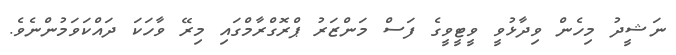
ނަޝީދު މިހެން ވިދާޅުވީ ވީޓީވީގެ ފަސް މަންޒަރު ޕްރޮގްރާމްގައި މިރޭ ވާހަކަ ދައްކަވަމުންނެވެ.